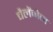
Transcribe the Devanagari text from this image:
चैलेंजेज